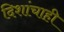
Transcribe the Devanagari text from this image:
दिशांचाही